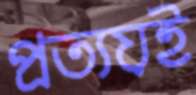
প্রত্যয়ই